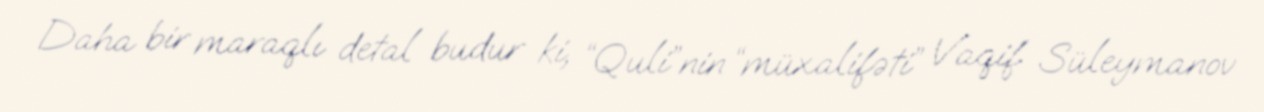
Daha bir maraqlı detal budur ki, “Quli”nin “müxalifəti” Vaqif Süleymanov